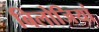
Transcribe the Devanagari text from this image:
बिलोजियां